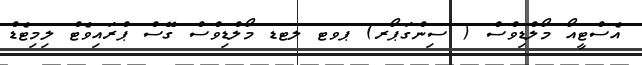
އެސްޓީއޯ މޯލްޑިވްސް ( ސިންގަޕޯރ) ޕވޓ ލޓޑ މޯލްޑިވްސް ގޭސް ޕްރައިވެޓް ލިމިޓެޑް